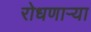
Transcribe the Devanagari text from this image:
रोधणाऱ्या